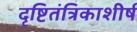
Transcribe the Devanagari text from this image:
दृष्टितंत्रिकाशीर्ष